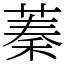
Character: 蓁